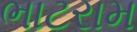
ભાટરામ